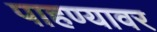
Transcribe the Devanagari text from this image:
पाहण्यावर